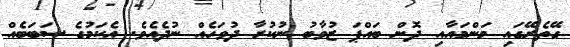
ގޭތެރޭގައި މަންމައާއި ދޮން ބައްޕަ ޒުވާބު ނުކުރާ ދުވަހެއް ނުދެއެވެ. އެކަމުގެ ސަބަބެއް